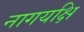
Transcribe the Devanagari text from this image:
नागयक्षि